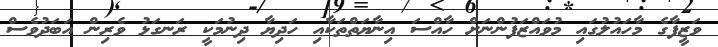
ވަޒީފާގެ މާހައުލުގައި މުވައްޒަފުންނަށް ހާއްސަ އިނާޔަތްތަކާއި ހަދިޔާ ދިނުމަކީ ރަނގަޅު ވެރިން އަބަދުވެސް